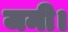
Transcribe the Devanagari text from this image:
जमी।